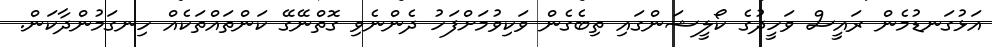
އަޅުގަނޑުމެން ރައީސް ވަހީދުގެ ކޯލީޝަންގައި ތިބެގެން ވަކިވުމަށްފަހު ދެންނެވި ގޮތްނޭގޭ ކަންތައްތަކެއް ހިނގަމުންދާކަން.